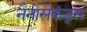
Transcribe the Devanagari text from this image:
नैनोसेकंड्स